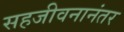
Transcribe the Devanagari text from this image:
सहजीवनानंतर